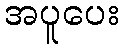
အပူပေး